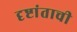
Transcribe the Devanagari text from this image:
दृष्टांताची